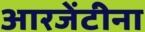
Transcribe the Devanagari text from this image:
आरजेंटीना